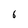
Character: 6